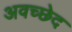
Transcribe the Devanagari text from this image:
अवच्छेद